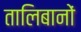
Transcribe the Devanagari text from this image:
तालिबानों